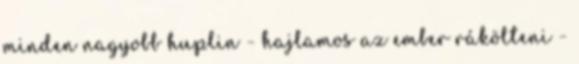
minden nagyobb huplin - hajlamos az ember rákölteni -